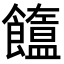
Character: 𩟣